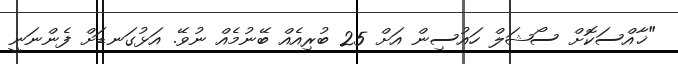
"ޚާއްސަކޮށް ސޯޝަލް ހައުސިން އަށް 25 ބުރިއެއް ބޭނުމެއް ނުވޭ. އަޅުގަނޑަށް ފެންނަނީ